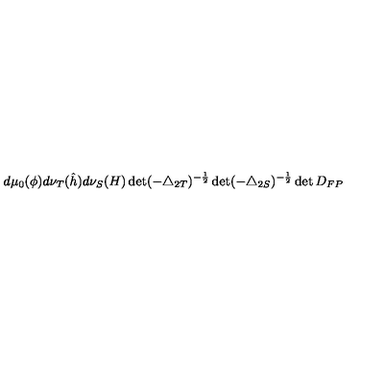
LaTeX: d \mu _ { 0 } ( \phi ) d \nu _ { T } ( \hat { h } ) d \nu _ { S } ( H ) \det ( - \triangle _ { 2 T } ) ^ { - \frac { 1 } { 2 } } \det ( - \triangle _ { 2 S } ) ^ { - \frac { 1 } { 2 } } \det D _ { F P }